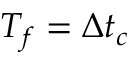
T _ { f } = \Delta t _ { c }